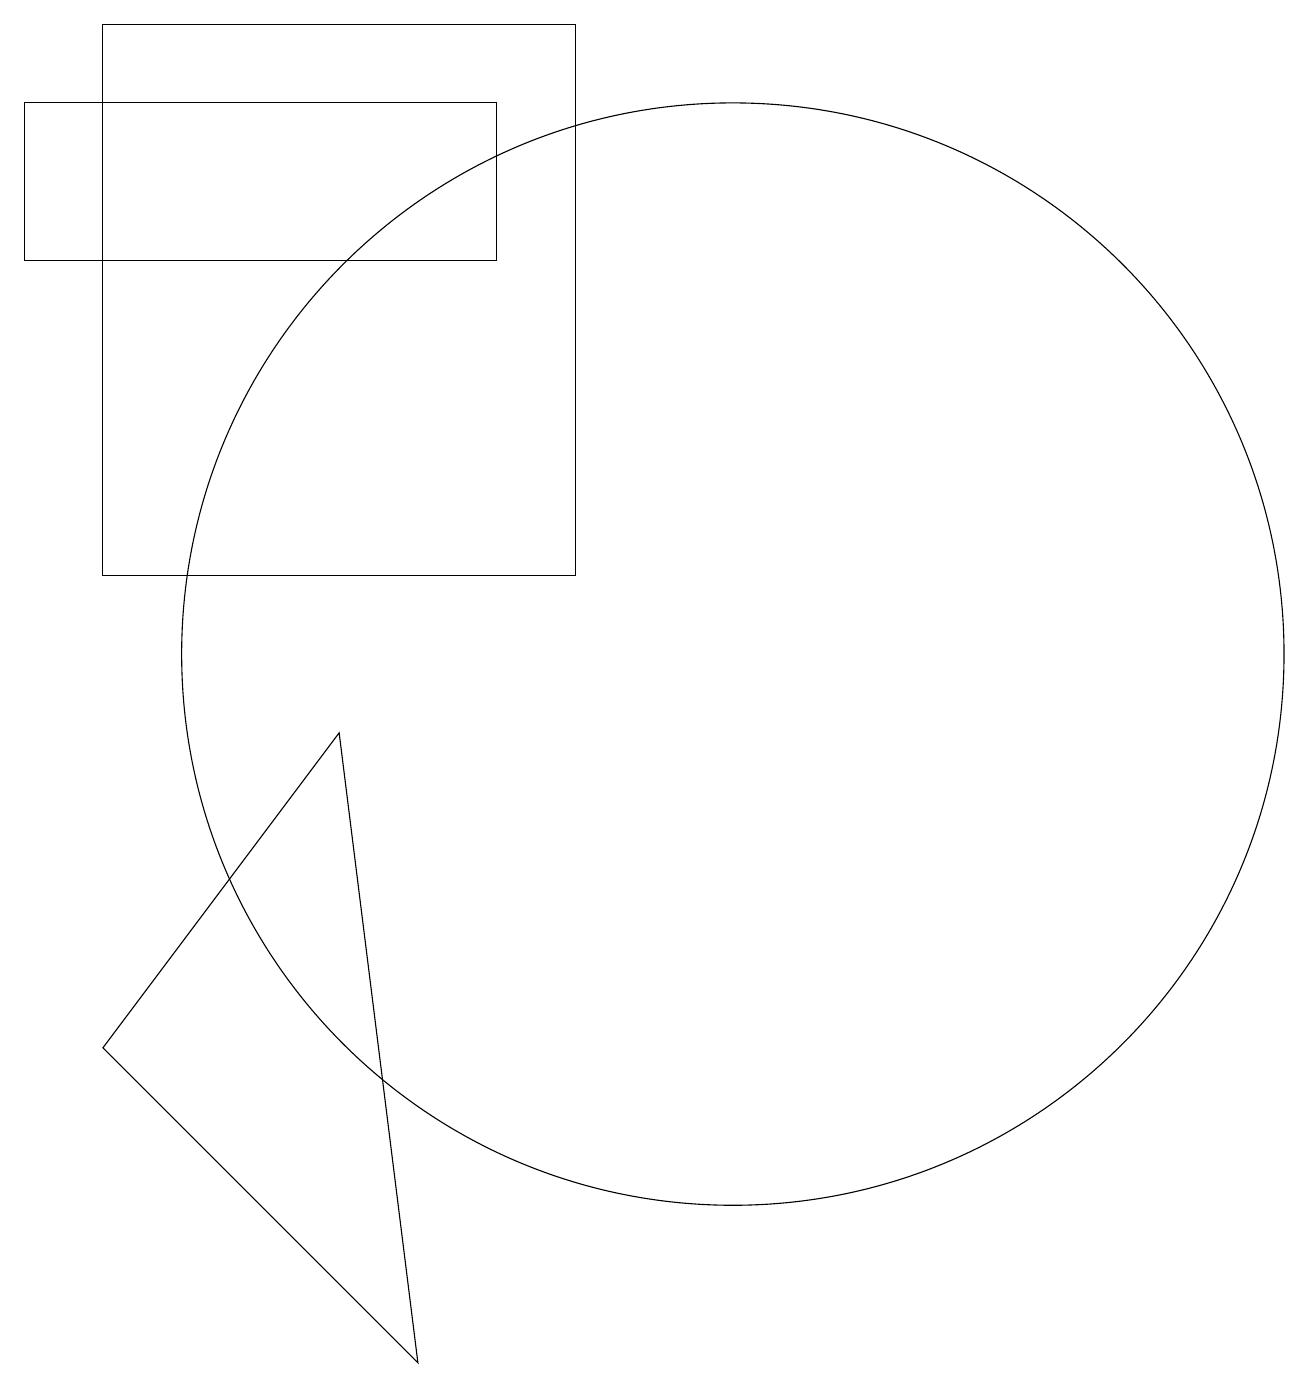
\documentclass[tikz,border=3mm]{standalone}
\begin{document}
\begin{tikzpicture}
\draw (12,11) circle (0);
\draw (1,17) rectangle (7,15);
\draw (1,15) rectangle (1,15);
\draw (10,10) circle (7);
\draw (2,11) rectangle (8,18);
\draw (2,5) -- (5,9) -- (6,1) -- cycle;
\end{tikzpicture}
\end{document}